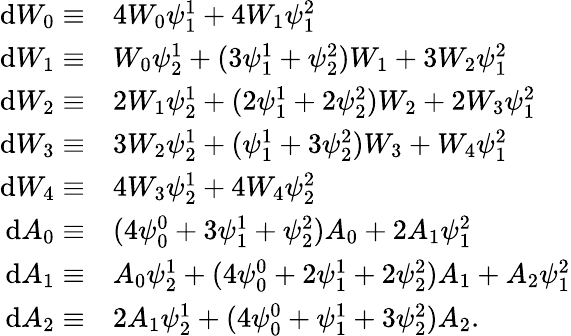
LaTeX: \begin{array}{rl}{\mathrm{d}W_{0}\equiv}&{4W_{0}\psi_{1}^{1}+4W_{1}\psi_{1}^{2}}\\ {\mathrm{d}W_{1}\equiv}&{W_{0}\psi_{2}^{1}+(3\psi_{1}^{1}+\psi_{2}^{2})W_{1}+3W_{2}\psi_{1}^{2}}\\ {\mathrm{d}W_{2}\equiv}&{2W_{1}\psi_{2}^{1}+(2\psi_{1}^{1}+2\psi_{2}^{2})W_{2}+2W_{3}\psi_{1}^{2}}\\ {\mathrm{d}W_{3}\equiv}&{3W_{2}\psi_{2}^{1}+(\psi_{1}^{1}+3\psi_{2}^{2})W_{3}+W_{4}\psi_{1}^{2}}\\ {\mathrm{d}W_{4}\equiv}&{4W_{3}\psi_{2}^{1}+4W_{4}\psi_{2}^{2}}\\ {\mathrm{d}A_{0}\equiv}&{(4\psi_{0}^{0}+3\psi_{1}^{1}+\psi_{2}^{2})A_{0}+2A_{1}\psi_{1}^{2}}\\ {\mathrm{d}A_{1}\equiv}&{A_{0}\psi_{2}^{1}+(4\psi_{0}^{0}+2\psi_{1}^{1}+2\psi_{2}^{2})A_{1}+A_{2}\psi_{1}^{2}}\\ {\mathrm{d}A_{2}\equiv}&{2A_{1}\psi_{2}^{1}+(4\psi_{0}^{0}+\psi_{1}^{1}+3\psi_{2}^{2})A_{2}.}\end{array}